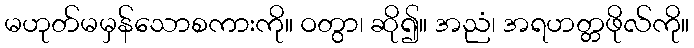
မဟုတ်မမှန်သောစကားကို။ ဝတွာ၊ ဆို၍။ အညံ၊ အရဟတ္တဖိုလ်ကို။